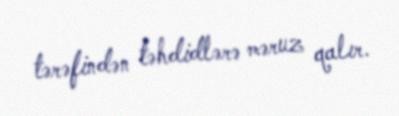
tərəfindən təhdidlərə məruz qalır.